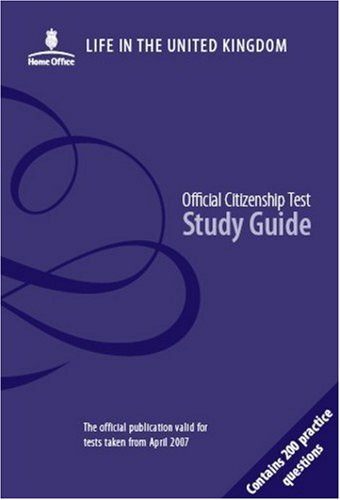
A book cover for Life in the United Kingdom: Official Citizenship Test Study Guide.; Great Britain Home Office; Test Preparation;